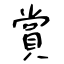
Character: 賞